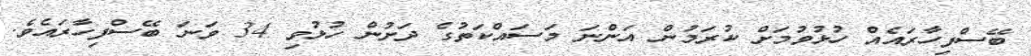
ބޭސްފިހާރައެއް ހުޅުވުމަށް ކުރަމުން އަންނަ މަސައްކަތުގެ ދަށުން ހުޅުވި 34 ވަނަ ބޭސްފިހާރައެވެ.